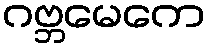
ဂဗ္ဘမေကေ